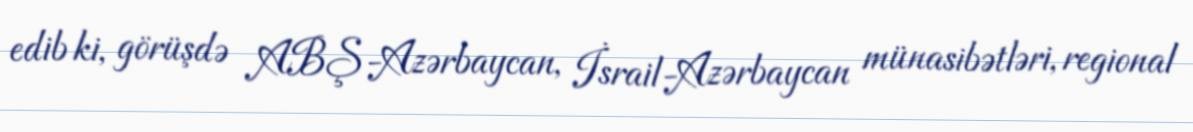
edib ki, görüşdə ABŞ-Azərbaycan, İsrail-Azərbaycan münasibətləri, regional